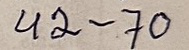
42 -70